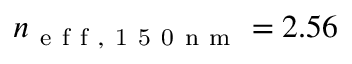
n _ { \mathrm { ~ e ~ f ~ f ~ , ~ 1 ~ 5 ~ 0 ~ n ~ m ~ } } = 2 . 5 6